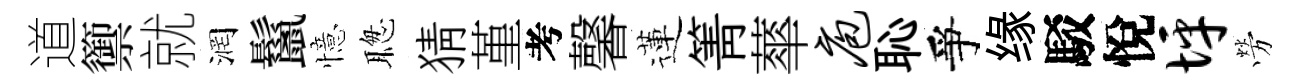
道籞就润鬣憶聦猜堇考馨蓮箐蕐庖恥爭缘駁悅坪勞